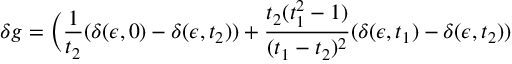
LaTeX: \delta g = \Big ( { \frac { 1 } { t _ { 2 } } } ( \delta ( \epsilon , 0 ) - \delta ( \epsilon , t _ { 2 } ) ) + { \frac { t _ { 2 } ( t _ { 1 } ^ { 2 } - 1 ) } { ( t _ { 1 } - t _ { 2 } ) ^ { 2 } } } ( \delta ( \epsilon , t _ { 1 } ) - \delta ( \epsilon , t _ { 2 } ) )